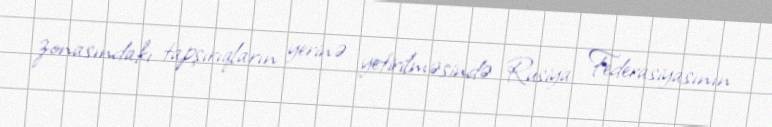
zonasındakı tapşırıqların yerinə yetirilməsində Rusiya Federasiyasının